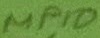
Text: MP10